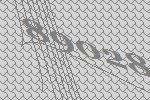
89028